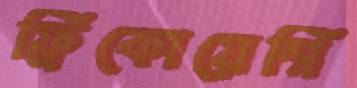
ফ্রিকোয়েন্সি